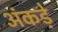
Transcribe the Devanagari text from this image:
अंकड़े